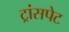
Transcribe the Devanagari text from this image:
ट्रांसपेट